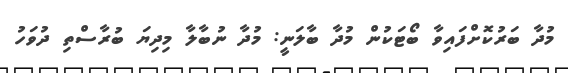
މުދާ ބަރުކޮށްފައިވާ ބޯޓަކުން މުދާ ބާލަނީ: މުދާ ނުބާލާ މިދިޔަ ބުރާސްތި ދުވަހު